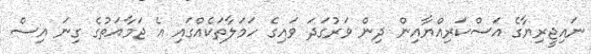
ނައިޖީރިޔާގެ އަސްކަރިއްޔާއިން ދިން ވަރުގަދަ ވައިގެ ހަމަލާތަކެއްގައި އެ ޖަމާއަތުގެ ގިނަ އިސް